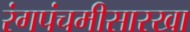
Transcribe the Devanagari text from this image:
रंगपंचमीसारखा